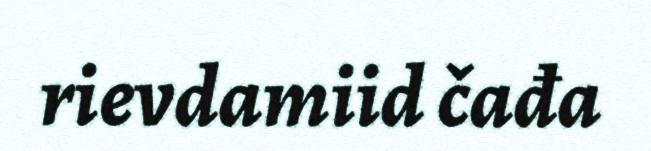
rievdamiid čađa